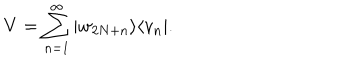
LaTeX: V = \sum _ { n = 1 } ^ { \infty } | w _ { 2 N + n } \rangle \langle v _ { n } | .